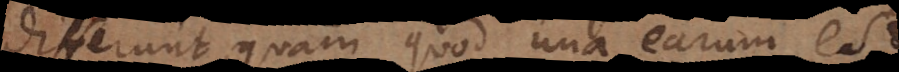
differunt, quam quod una earum est